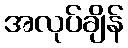
အလုပ်ချိန်